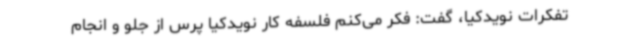
تفکرات نویدکیا، گفت: فکر می‌کنم فلسفه کار نویدکیا پرس از جلو و انجام